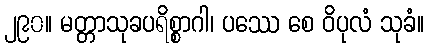
၂၉၀။ မတ္တာသုခပရိစ္စာဂါ၊ ပဿေ စေ ဝိပုလံ သုခံ။